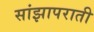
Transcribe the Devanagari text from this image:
सांझापराती